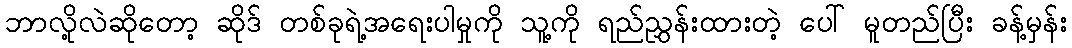
ဘာလို့လဲဆိုတော့ ဆိုဒ် တစ်ခုရဲ့အရေးပါမှုကို သူ့ကို ရည်ညွှန်းထားတဲ့ ပေါ် မူတည်ပြီး ခန့်မှန်း